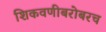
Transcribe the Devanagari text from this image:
शिकवणीबरोबरच